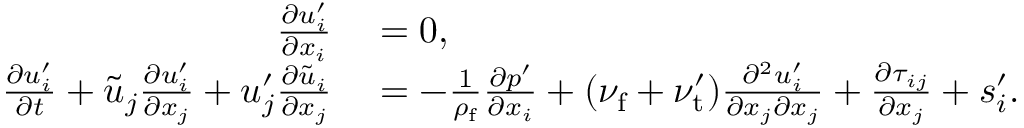
\begin{array} { r l } { \frac { \partial u _ { i } ^ { \prime } } { \partial x _ { i } } } & { { } = 0 , } \\ { \frac { \partial { u } _ { i } ^ { \prime } } { \partial t } + \tilde { u } _ { j } \frac { \partial u _ { i } ^ { \prime } } { \partial x _ { j } } + u _ { j } ^ { \prime } \frac { \partial \tilde { u } _ { i } } { \partial x _ { j } } } & { { } = - \frac { 1 } { \rho _ { \mathrm { f } } } \frac { \partial p ^ { \prime } } { \partial x _ { i } } + ( \nu _ { \mathrm { f } } + \nu _ { \mathrm { t } } ^ { \prime } ) \frac { \partial ^ { 2 } u _ { i } ^ { \prime } } { \partial x _ { j } \partial x _ { j } } + \frac { \partial \tau _ { i j } } { \partial x _ { j } } + s _ { i } ^ { \prime } . } \end{array}